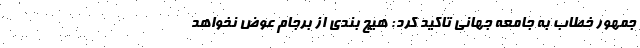
جمهور خطاب به جامعه جهانی تاکید کرد: هیچ بندی از برجام عوض نخواهد